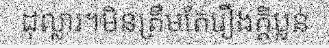
ដុល្លារ។មិនត្រឹមតែរឿងក្តីប្លន់